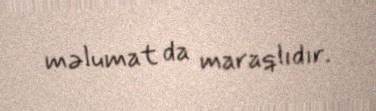
məlumat da maraqlıdır.